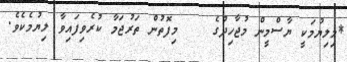
*މިލިޔުމަކީ ޔާސްމީން މުޖާހިދުގެ    މިފޮތުން ތަރުޖަމާ ކުރެވިފައިވާ ލިޔުމެކެވެ.